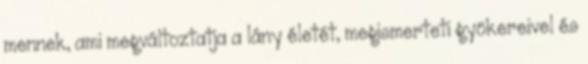
mennek, ami megváltoztatja a lány életét, megismerteti gyökereivel és